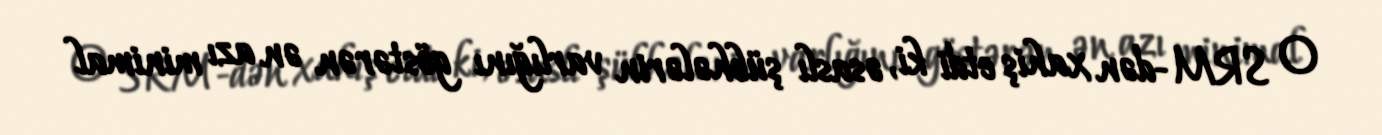
O SRM-dən xahiş etdi ki, əsaslı şübhələrin varlığını göstərən ən azı minimal